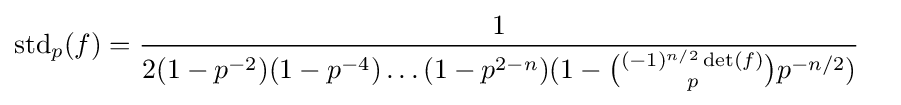
\operatorname {std} _{p}(f)={1 \over 2(1-p^{-2})(1-p^{-4})\dots (1-p^{2-n})(1-{(-1)^{n/2}\det(f) \choose p}p^{-n/2})}\quad